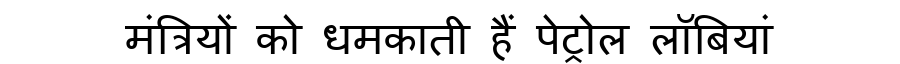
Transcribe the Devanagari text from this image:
मंत्रियों को धमकाती हैं पेट्रोल लॉबियां